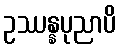
ဥဿန္နပုညာပိ